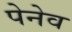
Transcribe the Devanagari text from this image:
पेनेव